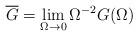
LaTeX: \begin{align*}\overline G = \lim_{\Omega\to 0} \Omega^{-2} G(\Omega)\end{align*}